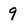
Character: 9